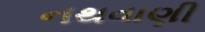
નથવાણી